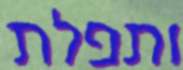
ותפלת